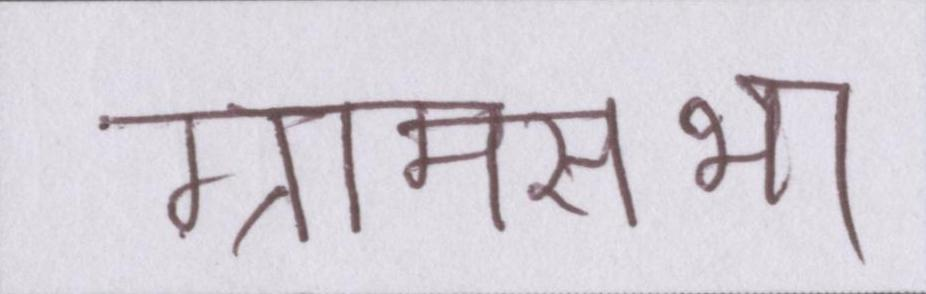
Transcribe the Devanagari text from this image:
ग्रामसभा